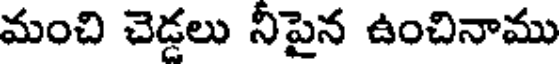
మంచి చెడ్డలు నీపైన ఉంచినాము